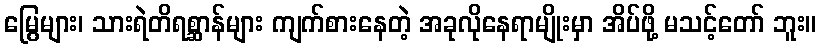
မြွေများ၊ သားရဲတိရစ္ဆာန်များ ကျက်စားနေတဲ့ အခုလိုနေရာမျိုးမှာ အိပ်ဖို့ မသင့်တော် ဘူး။